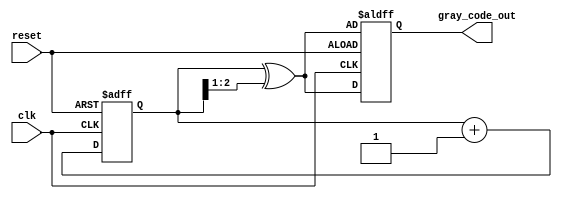
module gray_code_counter #(
    parameter WIDTH = 3  // Width of the counter (number of bits)
) (
    input wire clk,      // Clock signal
    input wire reset,    // Asynchronous reset signal
    output reg [WIDTH-1:0] gray_code_out  // Output Gray Code value
);

    // Internal binary counter
    reg [WIDTH-1:0] binary_count;

    // Convert binary count to Gray Code
    function [WIDTH-1:0] binary_to_gray;
        input [WIDTH-1:0] binary;
        begin
            binary_to_gray = binary ^ (binary >> 1);
        end
    endfunction

    // Sequential logic for counter
    always @(posedge clk or posedge reset) begin
        if (reset) begin
            // Reset to initial Gray Code value (000 for WIDTH=3)
            binary_count <= 0;
            gray_code_out <= binary_to_gray(binary_count);
        end else begin
            // Increment binary counter
            binary_count <= binary_count + 1;
            // Update Gray Code output
            gray_code_out <= binary_to_gray(binary_count);
        end
    end

endmodule